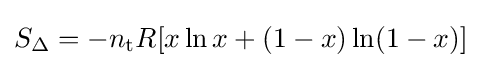
S_{\Delta }=-n_{\text{t}}R[x\ln x+(1-x)\ln(1-x)]